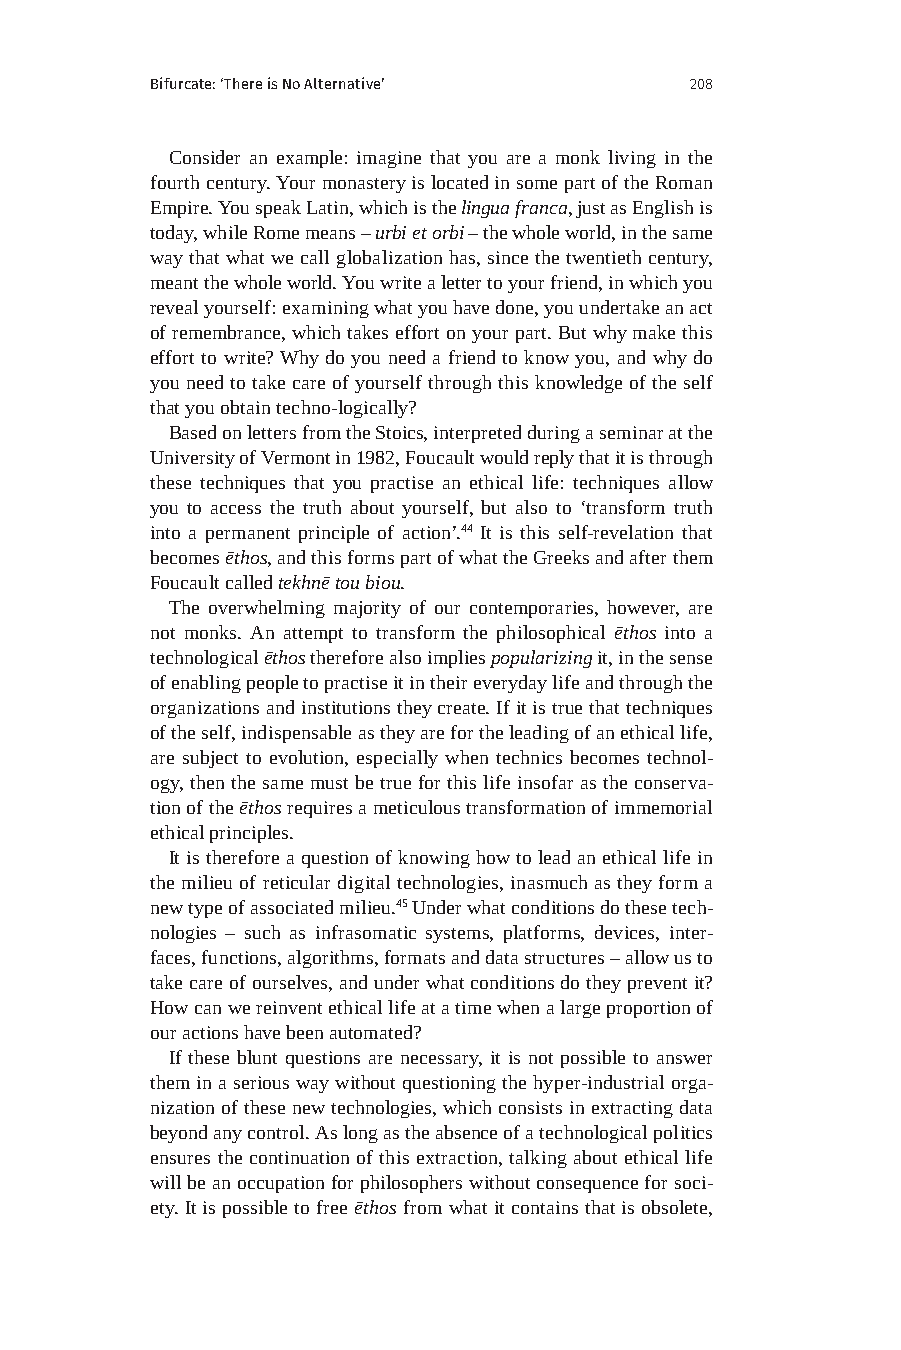
Bifurcate: ‘There is No Alternative’ 208
 Consider an example: imagine that you are a monk living in the
 fourth century. Your monastery is located in some part of the Roman
 Empire. You speak Latin, which is the lingua franca, just as English is
 today, while Rome means – urbi et orbi – the whole world, in the same
 way that what we call globalization has, since the twentieth century,
 meant the whole world. You write a letter to your friend, in which you
 reveal yourself: examining what you have done, you undertake an act
 of remembrance, which takes effort on your part. But why make this
 effort to write? Why do you need a friend to know you, and why do
 you need to take care of yourself through this knowledge of the self
 that you obtain techno-logically?
 Based on letters from the Stoics, interpreted during a seminar at the
 University of Vermont in 1982, Foucault would reply that it is through
 these techniques that you practise an ethical life: techniques allow
 you to access the truth about yourself, but also to ‘transform truth
 into a permanent principle of action’.44 It is this self-revelation that
 becomes ēthos, and this forms part of what the Greeks and after them
 Foucault called tekhnē tou biou.
 The overwhelming majority of our contemporaries, however, are
 not monks. An attempt to transform the philosophical ēthos into a
 technological ēthos therefore also implies popularizing it, in the sense
 of enabling people to practise it in their everyday life and through the
 organizations and institutions they create. If it is true that techniques
 of the self, indispensable as they are for the leading of an ethical life,
 are subject to evolution, especially when technics becomes technol-
 ogy, then the same must be true for this life insofar as the conserva-
 tion of the ēthos requires a meticulous transformation of immemorial
 ethical principles.
 It is therefore a question of knowing how to lead an ethical life in
 the milieu of reticular digital technologies, inasmuch as they form a
 new type of associated milieu.45 Under what conditions do these tech-
 nologies – such as infrasomatic systems, platforms, devices, inter-
 faces, functions, algorithms, formats and data structures – allow us to
 take care of ourselves, and under what conditions do they prevent it?
 How can we reinvent ethical life at a time when a large proportion of
 our actions have been automated?
 If these blunt questions are necessary, it is not possible to answer
 them in a serious way without questioning the hyper-industrial orga-
 nization of these new technologies, which consists in extracting data
 beyond any control. As long as the absence of a technological politics
 ensures the continuation of this extraction, talking about ethical life
 will be an occupation for philosophers without consequence for soci-
 ety. It is possible to free ēthos from what it contains that is obsolete,